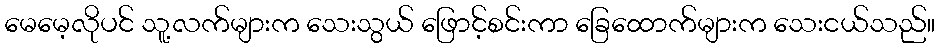
မေမေ့လိုပင် သူ့လက်များက သေးသွယ် ဖြောင့်စင်းကာ ခြေထောက်များက သေးငယ်သည်။